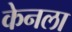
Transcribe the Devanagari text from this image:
केनला